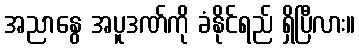
အညာနွေ အပူဒဏ်ကို ခံနိုင်ရည် ရှိပြီလား။